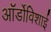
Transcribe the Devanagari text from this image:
ऑर्डोविशाई